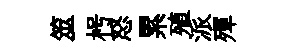
筮枵怒累殖派殫